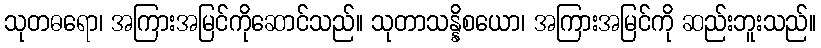
သုတဓရော၊ အကြားအမြင်ကိုဆောင်သည်။ သုတာသန္နိစယော၊ အကြားအမြင်ကို ဆည်းဘူးသည်။